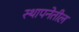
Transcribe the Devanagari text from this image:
स्थापनेतील